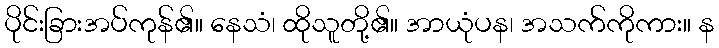
ပိုင်းခြားအပ်ကုန်၏။ နေသံ၊ ထိုသူတို့၏။ အာယုံပန၊ အသက်ကိုကား။ န